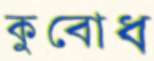
কুবোধ